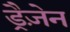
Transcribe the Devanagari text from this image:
ड्रैज़ेन